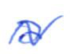
Text: a
Cross-out: wave
Writing tool: ballpoint